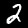
Label: 2